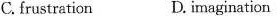
C.frustraticnD, imaginatior.